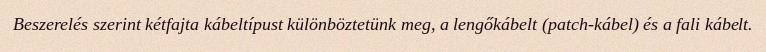
Beszerelés szerint kétfajta kábeltípust különböztetünk meg, a lengőkábelt (patch-kábel) és a fali kábelt.